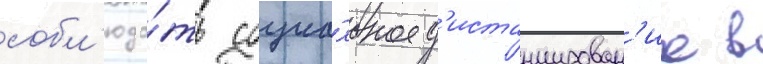
собл'юда́ть социа́льное д'истанцирован'ие в